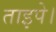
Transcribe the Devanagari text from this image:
ताइपे।